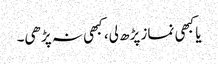
یا کبھی نماز پڑھ لی، کبھی نہ پڑھی۔